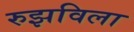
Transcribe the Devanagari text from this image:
रुझविला